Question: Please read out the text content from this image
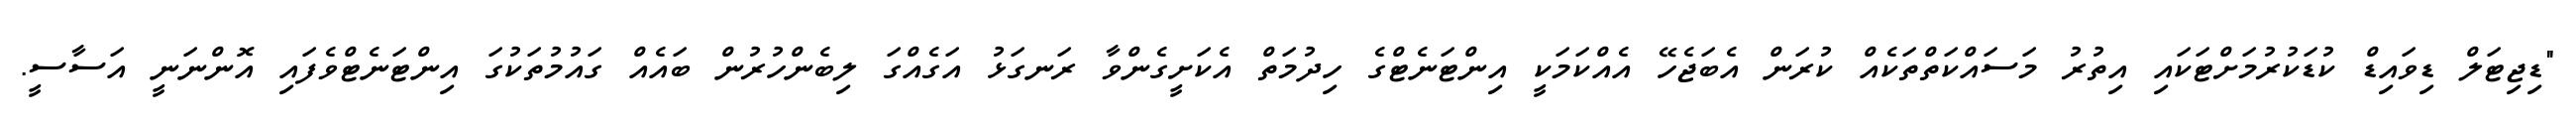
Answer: "ޑިޖިޓަލް ޑިވައިޑް ކުޑަކުރުމަށްޓަކައި އިތުރު މަސައްކަތްތަކެއް ކުރަން އެބަޖެހޭ އެއްކަމަކީ އިންޓަނެޓްގެ ހިދުމަތް އެކަށީގެންވާ ރަނގަޅު އަގެއްގަ ލިބެންހުރުން ބައެއް ގައުމުތަކުގަ އިންޓަނެޓްވެފައި އޮންނަނީ އަސާސީ.